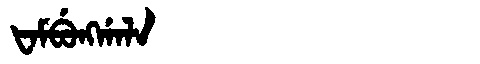
Manchu: ᡶᠠᠮᠪᡠᠩᡤᠠᠯᠠ
Romanization: FAMBUNGGALA